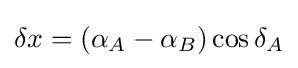
\delta x=(\alpha _{A}-\alpha _{B})\cos \delta _{A}